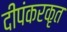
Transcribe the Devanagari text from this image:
दीपंकरकृत